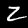
Digit: 2